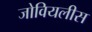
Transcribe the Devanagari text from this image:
जोवियलीस